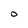
Character: o